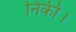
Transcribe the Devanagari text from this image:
निकी।